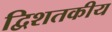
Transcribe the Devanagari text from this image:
द्विशतकीय